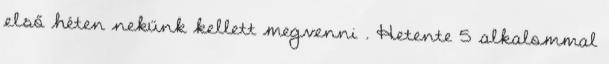
első héten nekünk kellett megvenni . Hetente 5 alkalommal